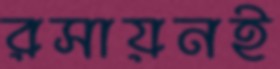
রসায়নই